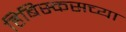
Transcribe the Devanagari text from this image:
हिबिस्कसच्या